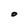
Character: O